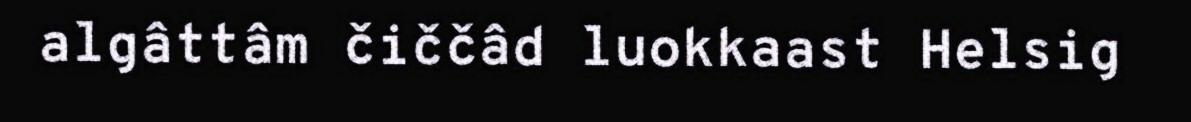
algâttâm čiččâd luokkaast Helsig